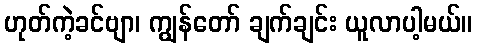
ဟုတ်ကဲ့ခင်ဗျာ၊ ကျွန်တော် ချက်ချင်း ယူလာပါ့မယ်။